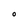
Character: o